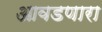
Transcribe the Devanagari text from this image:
आवडणारा